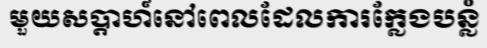
មួយសប្តាហ៍នៅពេលដែលការក្លែងបន្លំ